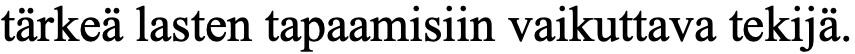
tärkeä lasten tapaamisiin vaikuttava tekijä.